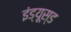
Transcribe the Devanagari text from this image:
इंड्यूस्ड